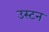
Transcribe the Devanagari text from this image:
उस्टन